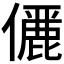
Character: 𠐚